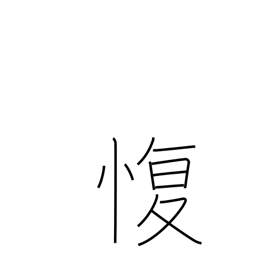
Meaning: go against